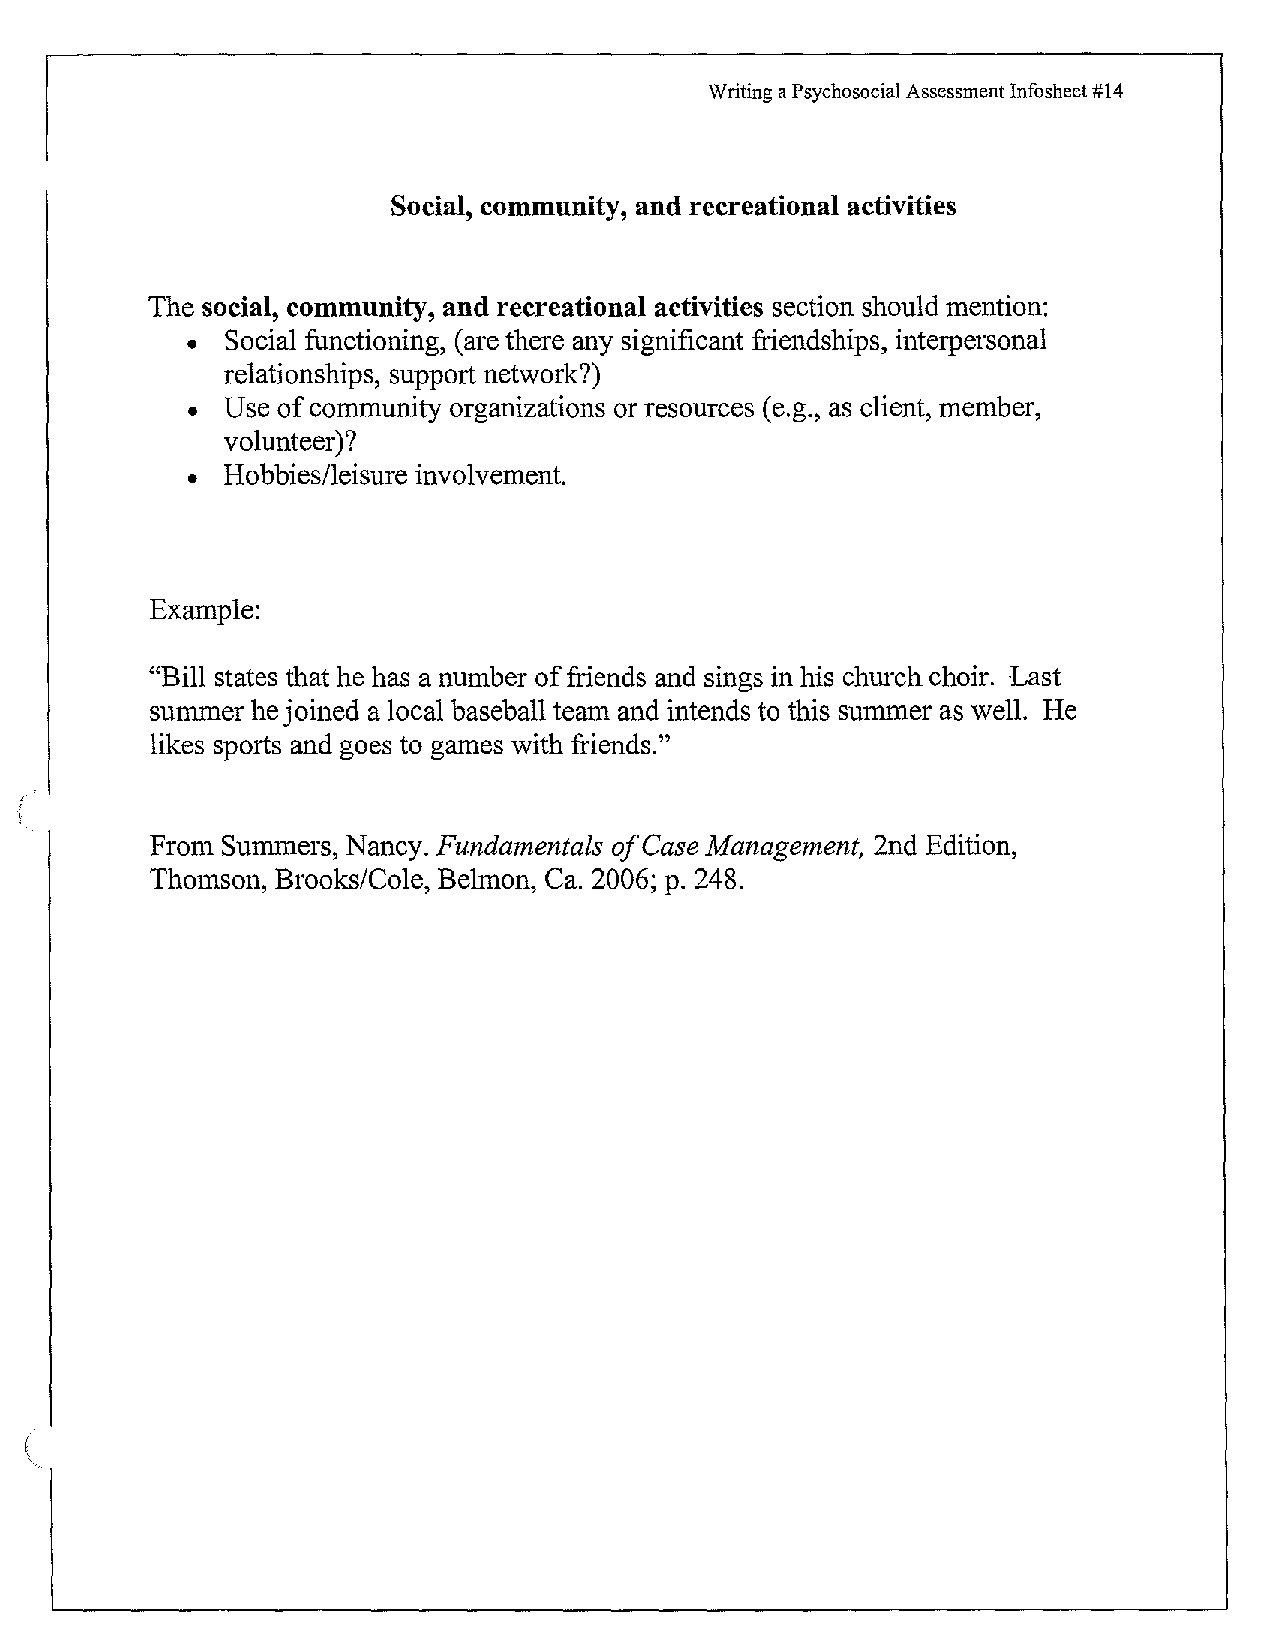
Writing a Psychosocial Assessment Infosheet #14
 Social, community, and recreational activities
 The social, community, and recreational activities section should mention:
 •  Social functioning, (are there any significant :friendships, interpersonal
 relationships, support network?)
 •  Use of community organizations or resources ( e.g., as client, member,
 volunteer)?
 •  Hobbies/leisure involvement.
 Example:
 "Bill states that he has a number of friends and sings in his church choir. Last
 summer he joined a local baseball team and intends to this summer as well. He
 likes sports and goes to games with friends."
 From Summers, Nancy. Fundamentals of Case Management, 2nd Edition,
 Thomson, Brooks/Cole, Belman, Ca. 2006; p. 248.